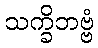
သက္ခိဘဗ္ဗံ